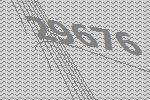
29676